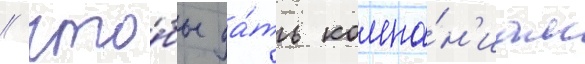
/ что́бы да́ть компа́н'иам